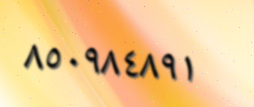
٨٥٠٩٨٤٨٩١